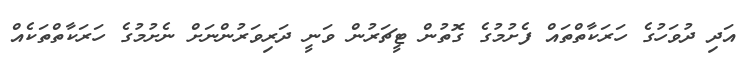
އަދި ދުވަހުގެ ހަރަކާތްތައް ފެށުމުގެ ގޮތުން ޓީޗަރުން ވަނީ ދަރިވަރުންނަށް ނެށުމުގެ ހަރަކާތްތަކެއް